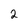
Character: 2